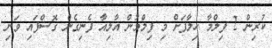
ކުރިން 2 ފިލްމާ ހިލާފަށް މި ފިލްމުން އާލިއާ ފެނިގެން ގޮސްފައި ވަނި